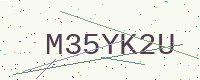
Text: M35YK2U